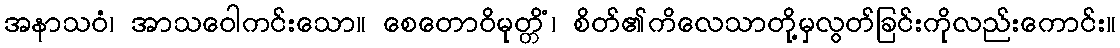
အနာသဝံ၊ အာသဝေါကင်းသော။ စေတောဝိမုတ္တိံ၊ စိတ်၏ကိလေသာတို့မှလွတ်ခြင်းကိုလည်းကောင်း။